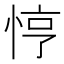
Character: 悙